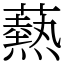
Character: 爇